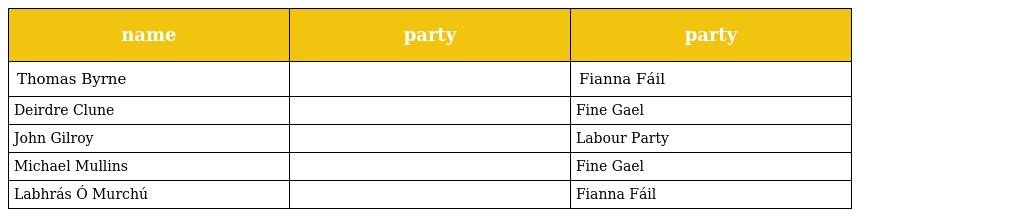
| name | party | party |
 | --- | --- | --- |
 | Thomas Byrne |  | Fianna Fáil |
 | Deirdre Clune |  | Fine Gael |
 | John Gilroy |  | Labour Party |
 | Michael Mullins |  | Fine Gael |
 | Labhrás Ó Murchú |  | Fianna Fáil |